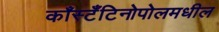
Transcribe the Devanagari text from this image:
काँस्टँटिनोपोलमधील